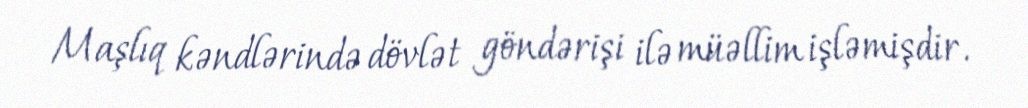
Maşlıq kəndlərində dövlət göndərişi ilə müəllim işləmişdir.